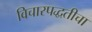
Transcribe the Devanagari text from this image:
विचारपद्धतीचा